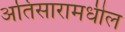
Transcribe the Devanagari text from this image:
अतिसारामधील